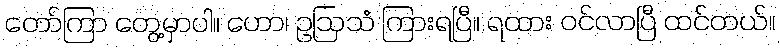
တော်ကြာ တွေ့မှာပါ။ ဟော၊ ဥဩသံ ကြားရပြီ။ ရထား ဝင်လာပြီ ထင်တယ်။